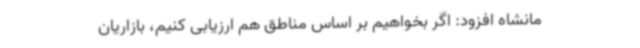
مانشاه افزود: اگر بخواهیم بر اساس مناطق هم ارزیابی کنیم، بازاریان